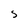
Character: S